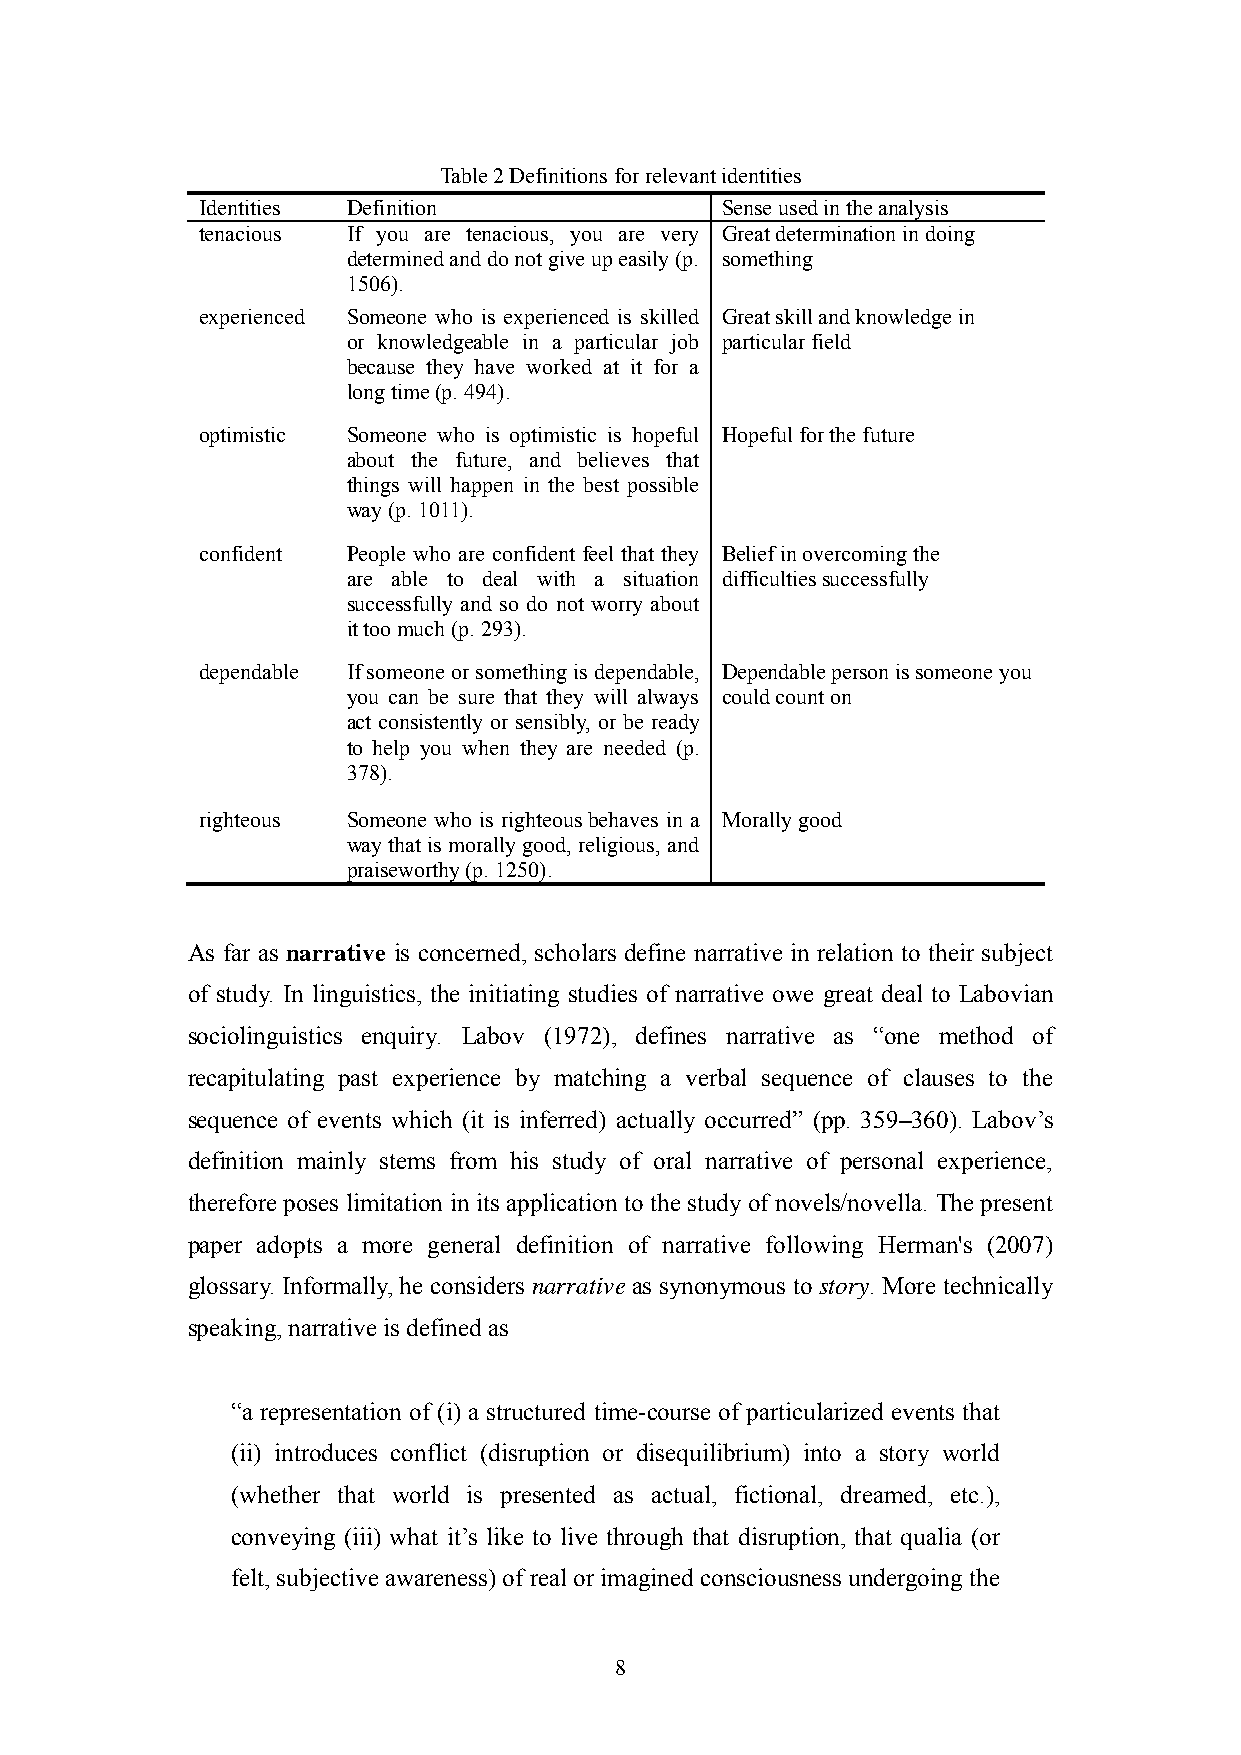
Table 2 Definitions for relevant identities
 Identities Definition              Sense used in the analysis
 tenacious If you are tenacious, you are very Great determination in doing
 determined and do not give up easily (p. something
 1506).
 experienced Someone who is experienced is skilled Great skill and knowledge in
 or knowledgeable in a particular job particular field
 because they have worked at it for a
 long time (p. 494).
 optimistic Someone who is optimistic is hopeful Hopeful for the future
 about the future, and believes that
 things will happen in the best possible
 way (p. 1011).
 confident People who are confident feel that they Belief in overcoming the
 are able to deal with a situation difficulties successfully
 successfully and so do not worry about
 it too much (p. 293).
 dependable If someone or something is dependable, Dependable person is someone you
 you can be sure that they will always could count on
 act consistently or sensibly, or be ready
 to help you when they are needed (p.
 378).
 righteous Someone who is righteous behaves in a Morally good
 way that is morally good, religious, and
 praiseworthy (p. 1250).
 As far as narrative is concerned, scholars define narrative in relation to their subject
 of study. In linguistics, the initiating studies of narrative owe great deal to Labovian
 sociolinguistics enquiry. Labov (1972), defines narrative as ―one method of
 recapitulating past experience by matching a verbal sequence of clauses to the
 sequence of events which (it is inferred) actually occurred‖ (pp. 359–360). Labov‘s
 definition mainly stems from his study of oral narrative of personal experience,
 therefore poses limitation in its application to the study of novels/novella. The present
 paper adopts a more general definition of narrative following Herman's (2007)
 glossary. Informally, he considers narrative as synonymous to story. More technically
 speaking, narrative is defined as
 ―a representation of (i) a structured time-course of particularized events that
 (ii) introduces conflict (disruption or disequilibrium) into a story world
 (whether that world is presented as actual, fictional, dreamed, etc.),
 conveying (iii) what it‘s like to live through that disruption, that qualia (or
 felt, subjective awareness) of real or imagined consciousness undergoing the
 8